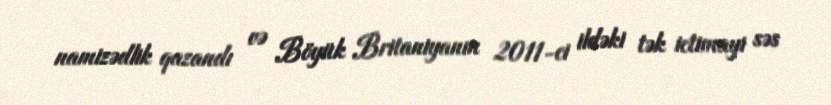
namizədlik qazandı və Böyük Britaniyanın 2011-ci ildəki tək ictimayi səs